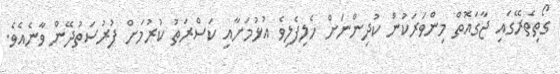
ގޯތިތެރޭގައި ޖާގައޮތް މިންވަރަކުން ކުދިންނަށް ހެލިފެލިވެ އުޅުމަށާއި ކަސްރަތު ކުރުމަށް ފުރުސަތުދޭން ވާނެއެވެ.